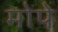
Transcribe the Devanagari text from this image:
मोपे